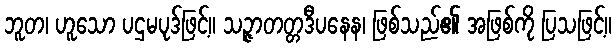
ဘူတ၊ ဟူသော ပဌမပုဒ်ဖြင့်။ သဉ္ဇာတတ္တဒီပနေန၊ ဖြစ်သည်၏ အဖြစ်ကို ပြသဖြင့်။